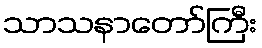
သာသနာတော်ကြီး